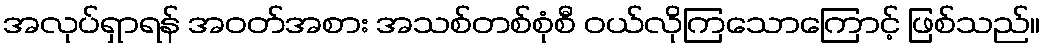
အလုပ်ရှာရန် အဝတ်အစား အသစ်တစ်စုံစီ ဝယ်လိုကြသောကြောင့် ဖြစ်သည်။